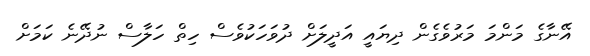
އޭނާގެ މަންމަ މަރުވެގެން ދިޔައީ އަދީލަށް ދުވަހަކުވެސް ހިތް ހަލާސް ނުދޭނެ ކަމަށް